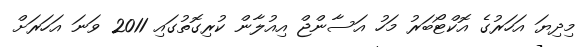
މިދިޔަ އަހަރުގެ އޮކްޓޯބަރު މަހު އަސާންޖް އިއުލާން ކުރިގޮތުގައި 2011 ވަނަ އަހަރަށް